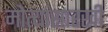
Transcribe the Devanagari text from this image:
मोत्यांसारखी